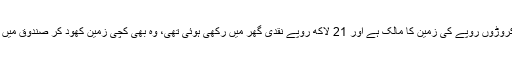
65 سالہ نذیر آرائیں راجن پور میں کروڑوں روپے کی زمین کا مالک ہے اور 21 لاکھ روپے نقدی گھر میں رکھی ہوئی تھی، وہ بھی کچی زمین کھود کر صندوق میں اور اوپر چٹائی بچھا کر سو جاتا تھا۔